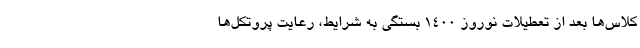
کلاس‌ها بعد از تعطیلات نوروز ۱۴۰۰ بستگی به شرایط، رعایت پروتکل‌ها